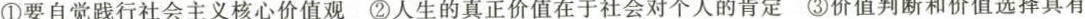
①要自觉践行社会主义核心价值观②人生的真正价值在于社会对个人的肯定③价值判断和价值选择具有